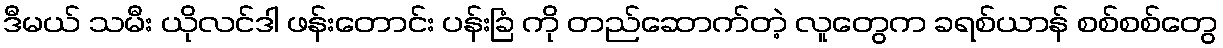
ဒီမယ် သမီး ယိုလင်ဒါ ဖန်းတောင်း ပန်းခြံ ကို တည်ဆောက်တဲ့ လူတွေက ခရစ်ယာန် စစ်စစ်တွေ